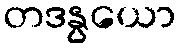
တဒနွယော